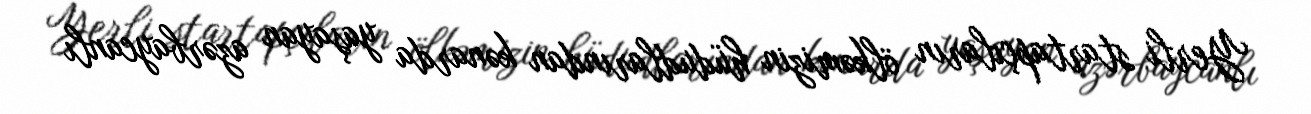
Yerli startapçıların ölkəmizin hüdudlarından kənarda yaşayan azərbaycanlı